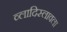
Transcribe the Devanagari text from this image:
व्लादिस्लावला